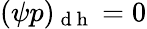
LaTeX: (\psi p)_{\mathrm{~d~h~}}=0